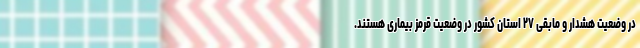
در وضعیت هشدار و مابقی ۲۷ استان کشور در وضعیت قرمز بیماری هستند.